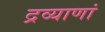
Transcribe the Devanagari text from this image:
द्रव्याणां